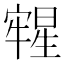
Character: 𣋀